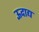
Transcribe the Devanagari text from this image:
ऊदाद्य